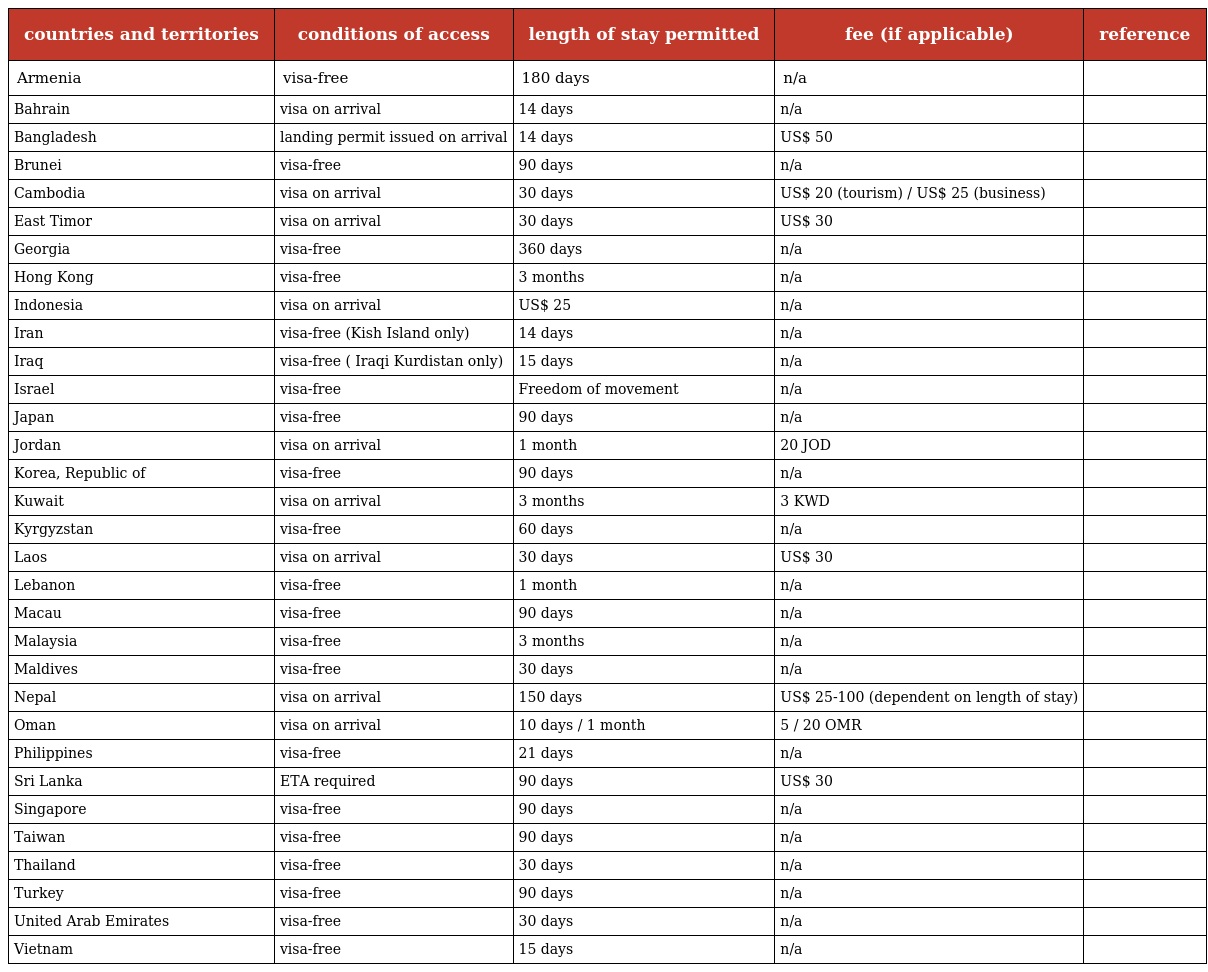
| countries and territories | conditions of access | length of stay permitted | fee (if applicable) | reference |
 | --- | --- | --- | --- | --- |
 | Armenia | visa-free | 180 days | n/a |  |
 | Bahrain | visa on arrival | 14 days | n/a |  |
 | Bangladesh | landing permit issued on arrival | 14 days | US$ 50 |  |
 | Brunei | visa-free | 90 days | n/a |  |
 | Cambodia | visa on arrival | 30 days | US$ 20 (tourism) / US$ 25 (business) |  |
 | East Timor | visa on arrival | 30 days | US$ 30 |  |
 | Georgia | visa-free | 360 days | n/a |  |
 | Hong Kong | visa-free | 3 months | n/a |  |
 | Indonesia | visa on arrival | US$ 25 | n/a |  |
 | Iran | visa-free (Kish Island only) | 14 days | n/a |  |
 | Iraq | visa-free ( Iraqi Kurdistan only) | 15 days | n/a |  |
 | Israel | visa-free | Freedom of movement | n/a |  |
 | Japan | visa-free | 90 days | n/a |  |
 | Jordan | visa on arrival | 1 month | 20 JOD |  |
 | Korea, Republic of | visa-free | 90 days | n/a |  |
 | Kuwait | visa on arrival | 3 months | 3 KWD |  |
 | Kyrgyzstan | visa-free | 60 days | n/a |  |
 | Laos | visa on arrival | 30 days | US$ 30 |  |
 | Lebanon | visa-free | 1 month | n/a |  |
 | Macau | visa-free | 90 days | n/a |  |
 | Malaysia | visa-free | 3 months | n/a |  |
 | Maldives | visa-free | 30 days | n/a |  |
 | Nepal | visa on arrival | 150 days | US$ 25-100 (dependent on length of stay) |  |
 | Oman | visa on arrival | 10 days / 1 month | 5 / 20 OMR |  |
 | Philippines | visa-free | 21 days | n/a |  |
 | Sri Lanka | ETA required | 90 days | US$ 30 |  |
 | Singapore | visa-free | 90 days | n/a |  |
 | Taiwan | visa-free | 90 days | n/a |  |
 | Thailand | visa-free | 30 days | n/a |  |
 | Turkey | visa-free | 90 days | n/a |  |
 | United Arab Emirates | visa-free | 30 days | n/a |  |
 | Vietnam | visa-free | 15 days | n/a |  |